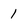
Character: 1